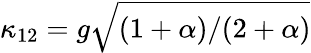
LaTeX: \kappa_{12}=g\sqrt{(1+\alpha)/(2+\alpha)}